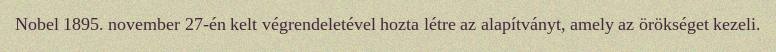
Nobel 1895. november 27-én kelt végrendeletével hozta létre az alapítványt, amely az örökséget kezeli.